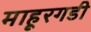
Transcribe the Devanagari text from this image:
माहूरगडी